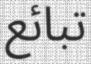
تبائع